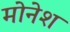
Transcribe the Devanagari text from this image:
मोनेश